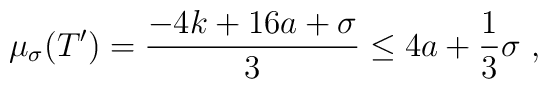
\mu_{\sigma}(T') = \frac{-4k + 16a + \sigma}{3} \leq          4a + \frac{1}{3}\sigma \ ,